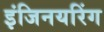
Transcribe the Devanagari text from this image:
इंजिनयरिंग